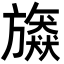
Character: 𣄠